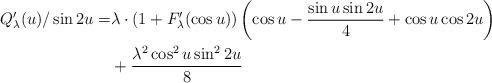
LaTeX: \begin{align*}Q_\lambda'(u)/\sin 2u=& \lambda\cdot(1+F_\lambda'(\cos u))\left (\cos u-\frac{\sin u\sin 2u}{4}+\cos u\cos 2u\right)\\&+\frac{\lambda^2\cos^2 u\sin^22u}{8}\end{align*}